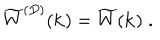
\widetilde { W } ^ { ( { D } ) } ( { \bf k } ) = \widetilde { W } ( { \bf k } ) \; .